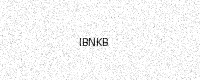
Text: IBNKB